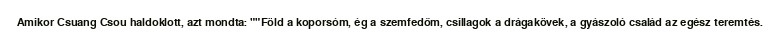
Amikor Csuang Csou haldoklott, azt mondta: ""Föld a koporsóm, ég a szemfedőm, csillagok a drágakövek, a gyászoló család az egész teremtés.